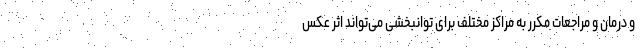
و درمان و مراجعات مکرر به مراکز مختلف برای توانبخشی می‌تواند اثر عکس